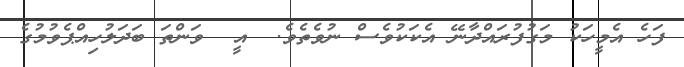
ފަހެ އެމީހަކު މަގުފުރައްދާނޭ އެކަކުވެސް ނުވެތެވެ.  އީ  ވަންތަ ބަދަލުހިއްޕެވުމުގެ